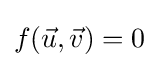
f({\vec {u}},{\vec {v}})=0